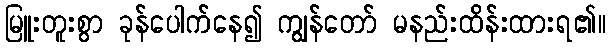
မြူးတူးစွာ ခုန်ပေါက်နေ၍ ကျွန်တော် မနည်းထိန်းထားရ၏။